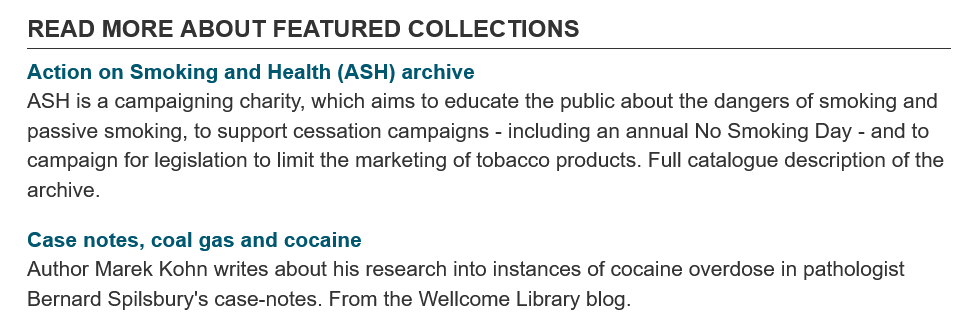
READ   MORE    ABOUT    FEATURED    COLLECTIONS
   Author Marek Kohn writes about his research into instances of cocaine overdose in pathologist
   Bernard Spilsbury's case-notes. From the Wellcome Library blog.
   Case  notes, coal gas and cocaine
   Action on Smoking  and Health (ASH) archive
   ASH is a campaigning charity, which aims to educate the public about the dangers of smoking and
   passive smoking, to support cessation campaigns - including an annual No Smoking Day - and to
   campaign for legislation to limit the marketing of tobacco products. Full catalogue description of the
   archive.